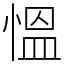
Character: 慍